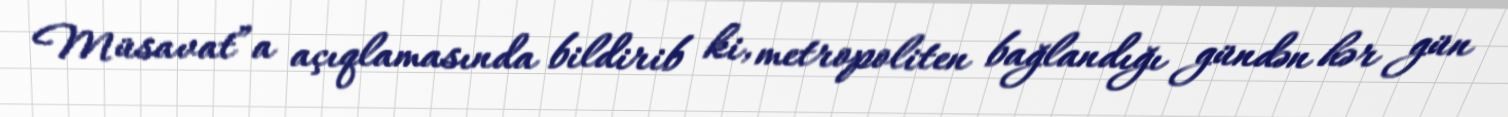
Müsavat”a açıqlamasında bildirib ki, metropoliten bağlandığı gündən hər gün